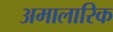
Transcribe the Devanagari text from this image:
अमालारिक